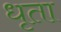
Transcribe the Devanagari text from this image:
धृता